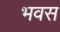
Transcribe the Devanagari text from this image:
भवस